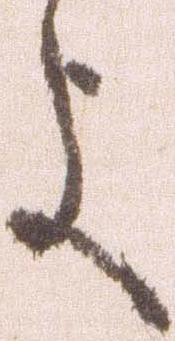
よ